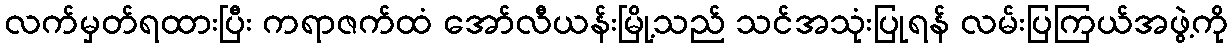
လက်မှတ်ရထားပြီး ကရာဇက်ထံ အော်လီယန်းမြို့သည် သင်အသုံးပြုရန် လမ်းပြကြယ်အဖွဲ့ကို